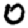
Digit: 0